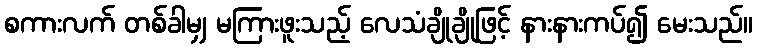
စကားလက် တစ်ခါမျှ မကြားဖူးသည့် လေသံချိုချိုဖြင့် နားနားကပ်၍ မေးသည်။